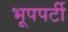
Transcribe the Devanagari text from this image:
भूपपर्टी